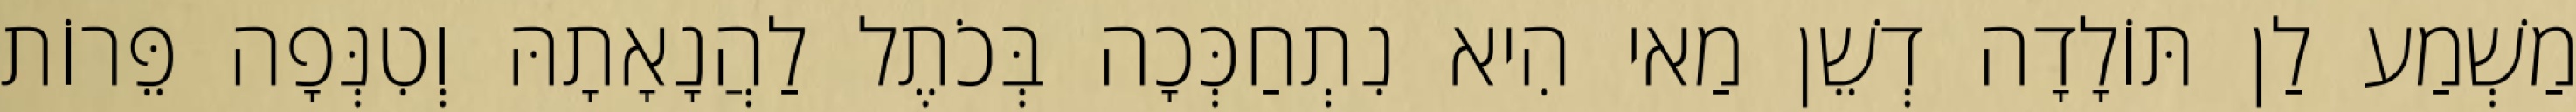
מַשְׁמַע לַן תּוֹלָדָה דְשֵׁן מַאי הִיא נִתְחַכְּכָה בְּכֹתֶל לַהֲנָאָתָהּ וְטִנְּפָה פֵּרוֹת